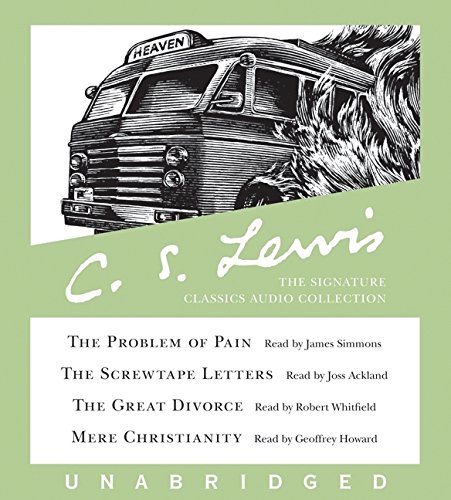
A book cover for C.S. Lewis: The Signature Classics Audio Collection: The Problem of Pain, The Screwtape Letters, The Great Divorce, Mere Christianity; C. S. Lewis; Literature & Fiction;